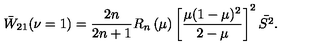
\bar { W } _ { 2 1 } ( \nu = 1 ) = \frac { 2 n } { 2 n + 1 } R _ { n } \left( \mu \right) \left[ \frac { \mu ( 1 - \mu ) ^ { 2 } } { 2 - \mu } \right] ^ { 2 } \bar { S ^ { 2 } } .